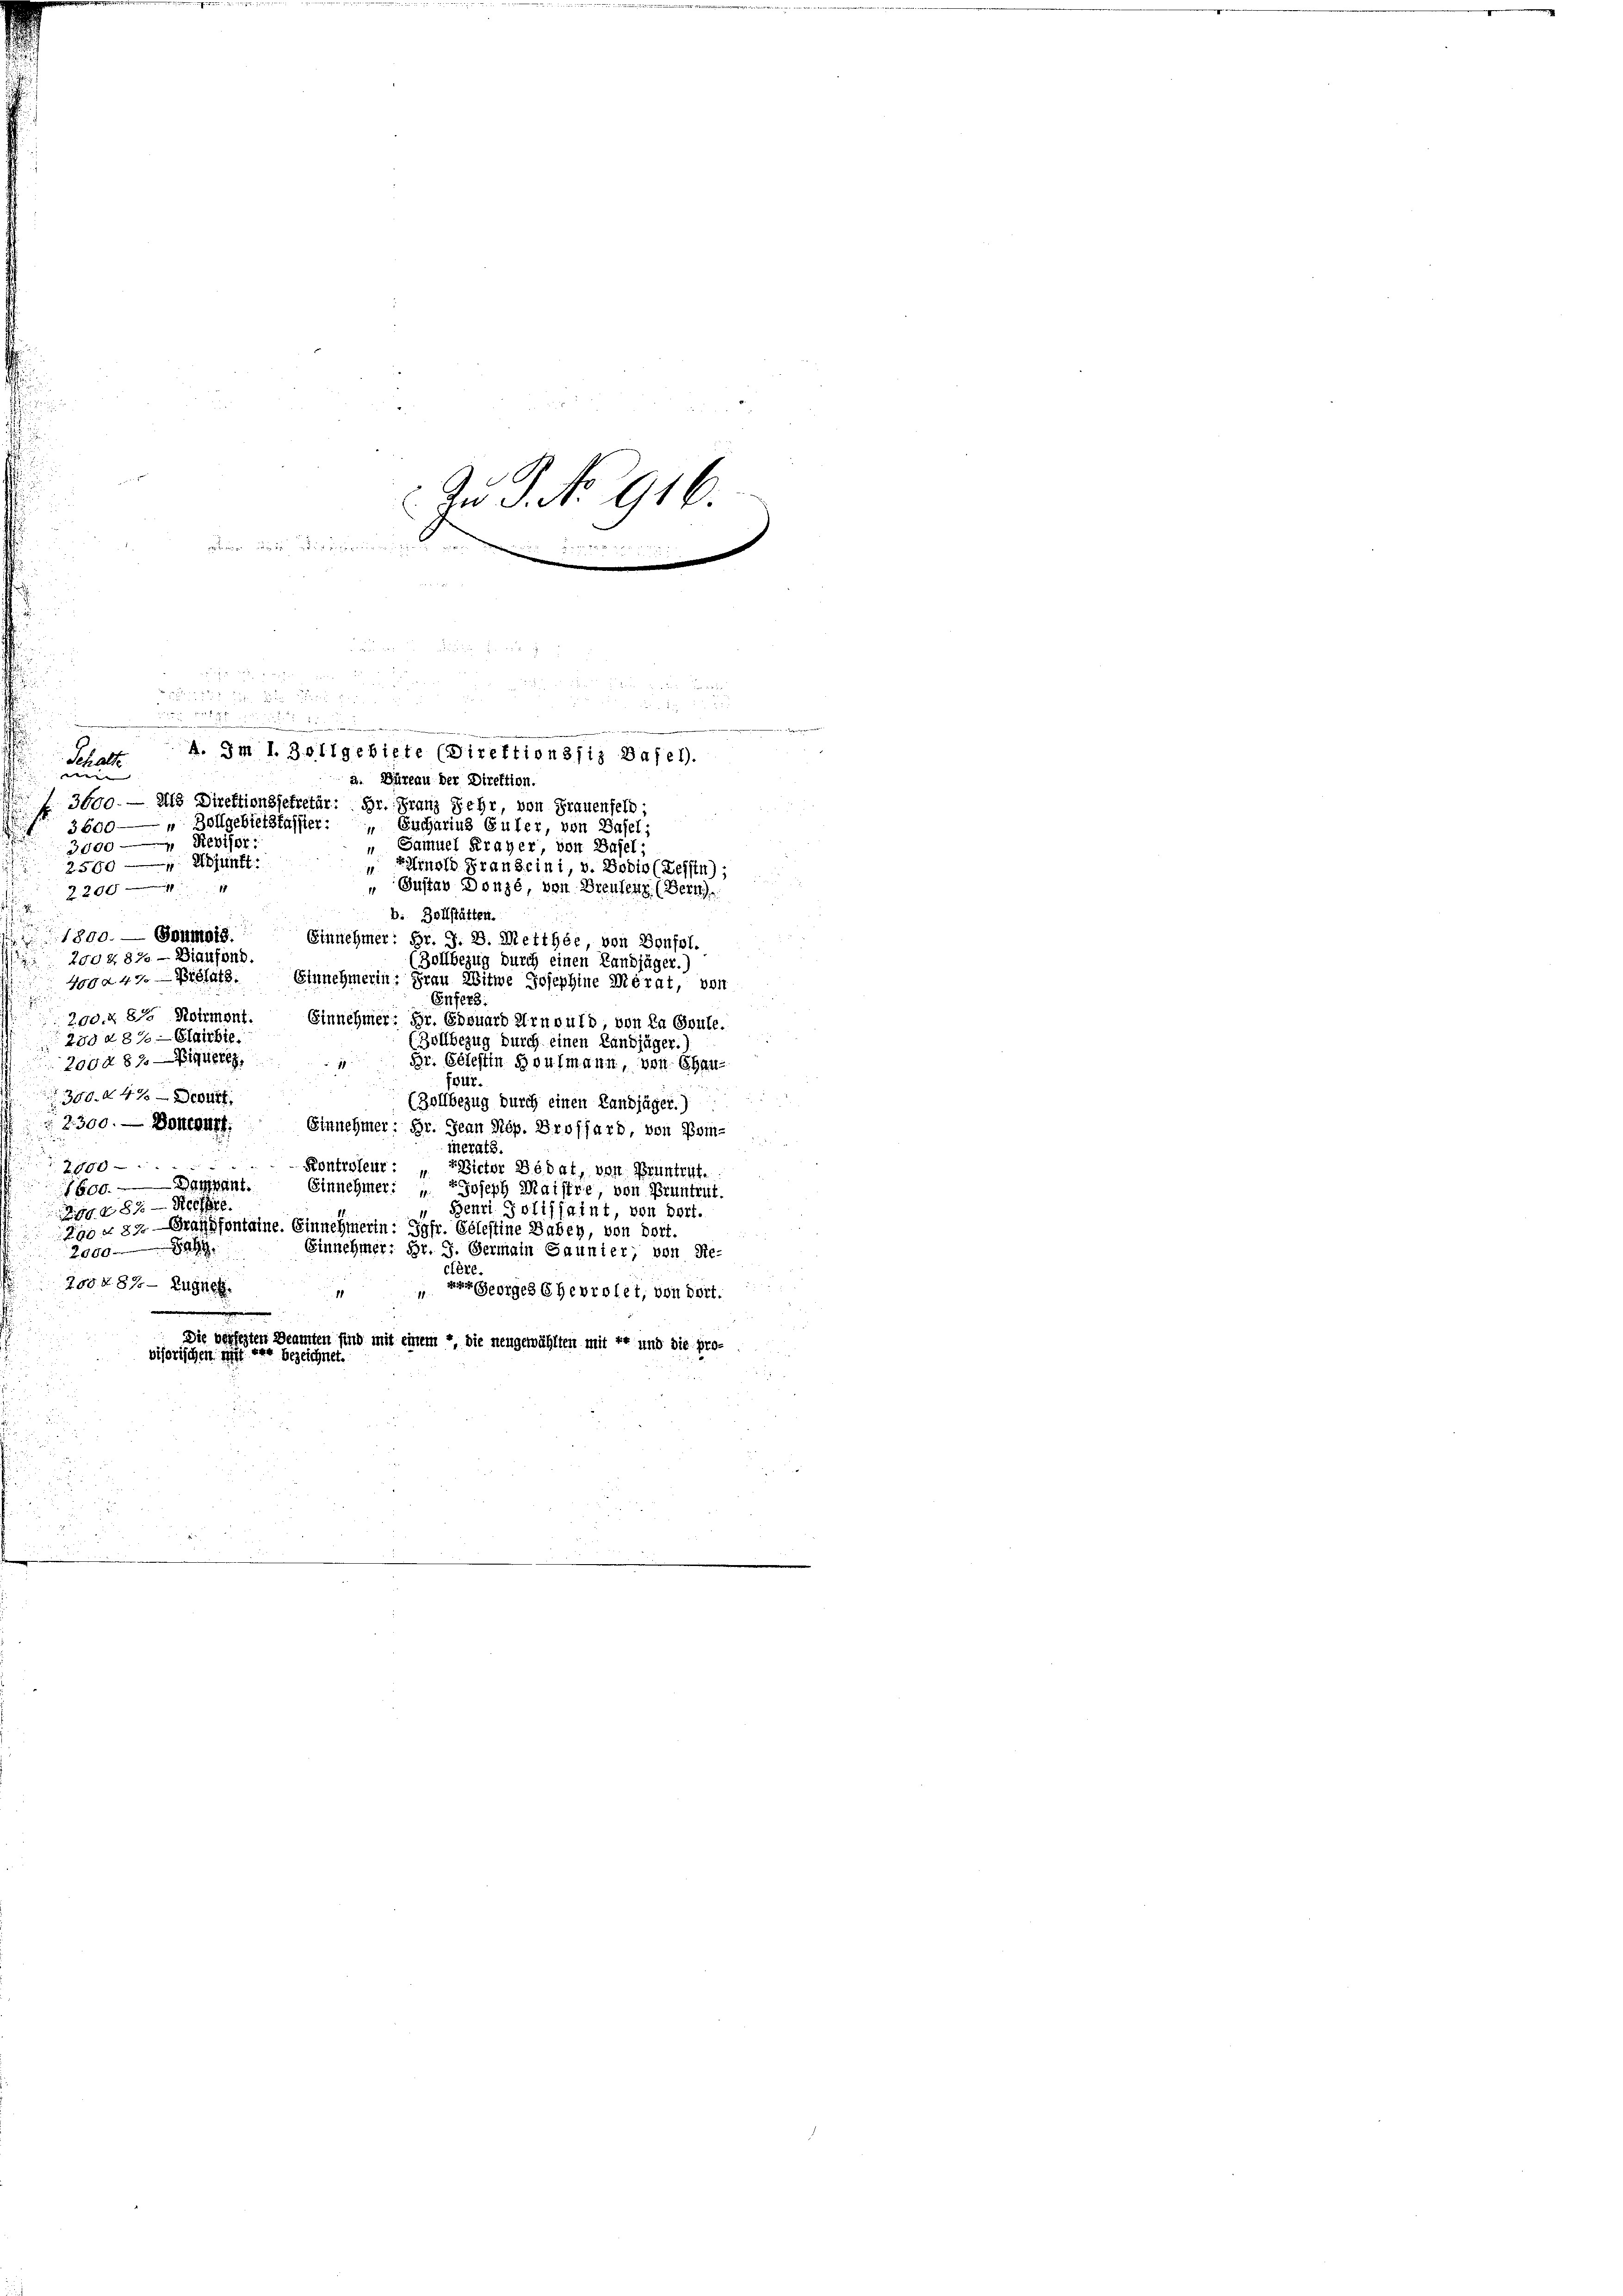
Schalte
 |
a. Büreau der Direktion.
3600. — Die Direktionssekretär: Dr. Franz sehr, von Frauenfelb
 3600 — " Zollgebietskassier: Eucharius Euler, von Basel;
3000 Revisor
" Samuel Krayer von Basel;
2500 Adjunkt:
Einold Francini, v. Bobio (Leisten);
„ Gustav Donzé, von Breusen (Bern).
22001
b. Zollstätten.
1800. — Goumois.
Einnehmer: Fr. J. D. Meither von Bonfol.
290 § 87. - Diaufond.
Zollbezug durch einen Landjäger.)
ga 47. Viehass. Einnehmerin: Frau Witwe Josephine Merat, von
Enfers.
200. Z. 815 Koirmont.
Einnehmer: Hr. Edouard Arnould, von in Opule.
280 a 8% — Glaubte.
(Zollbezug durch einen Landjäger. I
200. 810 Minere
Hr. Celestin Houlmann, von Chaufpur.
300. 47
(Zollbezug durch einen Landjäger.)
 2300. — Belegart
Einnehmer: Hr. Jean Rép. Drossard, von Kominerats.
2000
Kontroleur: Pictor Bedat, von Bruntruf.
1600. an
Einnehmer: " Joseph Maistre, von Pruntrut.
 xxx Ke
 Henri Jolifsaint, von Dort.
20 § 84 Grafsfontoine. Einnehmerin:
Jgfr. Celestine Baben, von Dort.
a
Einnehmer: Br. G. Germain Saunier, von Re-
2000.
cfère.
2504. 87. — Zugnet
ver Georges Ehevrolet, von dort.

g
Die berlegten Beamten sind mit einem , die neugewählten mit Er und die pro-
visorischen mit der bezeichnet.
.

Zu P. No 916.

e

x
a 2
x
x
5
s
A. Im 1. Zollgebiete (Direktionssiz Basel.

e